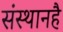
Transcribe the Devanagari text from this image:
संस्थानहै